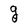
Character: g